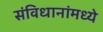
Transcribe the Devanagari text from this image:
संविधानांमध्ये